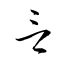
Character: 言